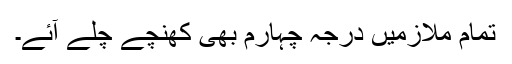
تمام ملازمیں درجہ چہارم بھی کھنچے چلے آئے۔